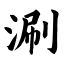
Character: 涮